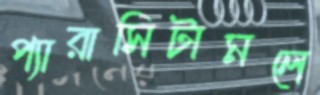
প্যারাসিটামলে